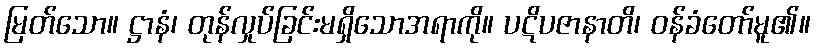
မြတ်သော။ ဋ္ဌာနံ၊ တုန်လှုပ်ခြင်းမရှိသောအရာကို။ ပဋိပဇာနာတိ၊ ဝန်ခံတော်မူ၏။